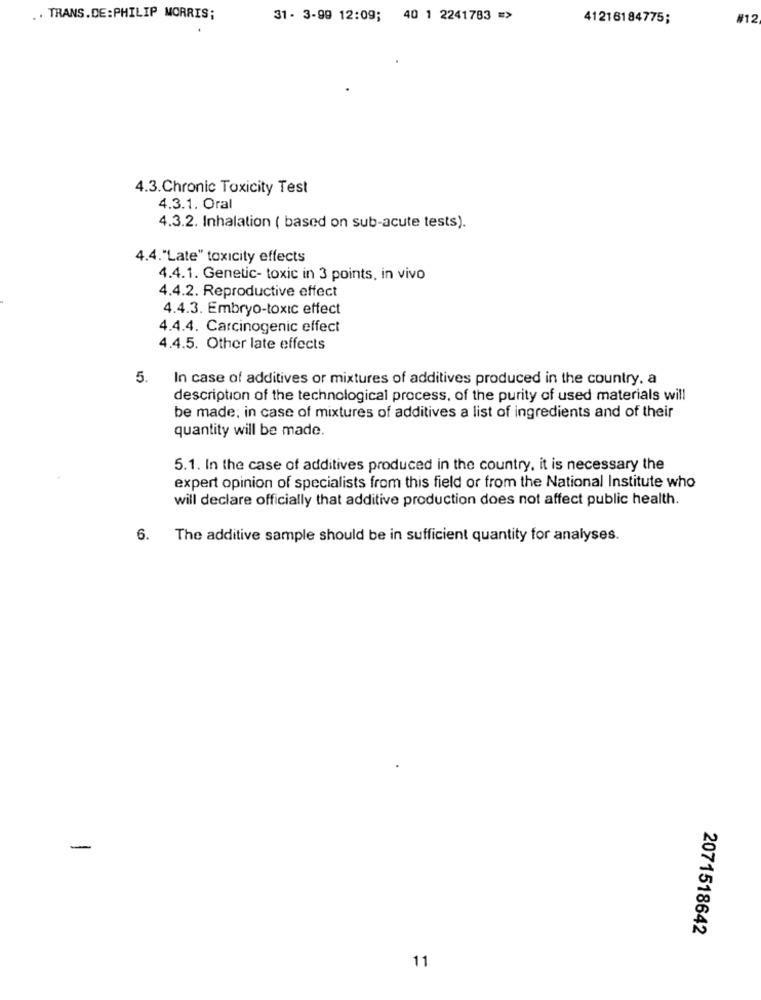
.. TRANS.DE:PHILIP MORRIS;
31- 3-99 12:09; 40 1 2241783 =>
41218184775;
#12
4.3.Chronic Toxicity Test
4.3.1. Oral
4.3.2. Inhalation ( based on sub-acute tests).
4.4."Late" toxicity effects
4.4.1. Genetic- toxic in 3 points, in vivo
4.4.2. Reproductive effect
4.4.3. Embryo-toxic effect
4.4.4. Carcinogenic effect
4.4.5. Other late effects
5.
In case of additives or mixtures of additives produced in the country. a
description of the technological process, of the purity of used materials will
be made; in case of mixtures of additives a list of ingredients and of their
quantity will be made.
5.1. In the case of additives produced in the country, it is necessary the
expert opinion of specialists from this field or from the National Institute who
will declare officially that additive production does not affect public health.
6.
The additive sample should be in sufficient quantity for analyses.
-
2071518642
11